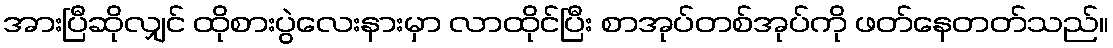
အားပြီဆိုလျှင် ထိုစားပွဲလေးနားမှာ လာထိုင်ပြီး စာအုပ်တစ်အုပ်ကို ဖတ်နေတတ်သည်။